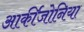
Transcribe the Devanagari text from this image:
आर्कीजोनिया